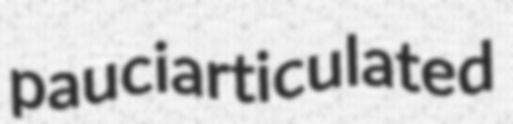
pauciarticulated